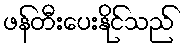
ဖန်တီးပေးနိုင်သည်